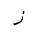
Letter: _zay